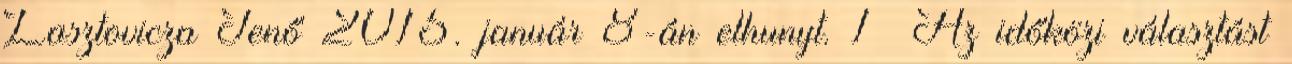
Lasztovicza Jenő 2015. január 8-án elhunyt. 1 Az időközi választást